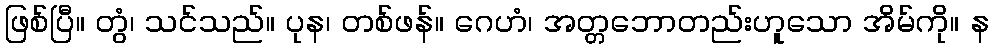
ဖြစ်ပြီ။ တွံ၊ သင်သည်။ ပုန၊ တစ်ဖန်။ ဂေဟံ၊ အတ္တဘောတည်းဟူသော အိမ်ကို။ န